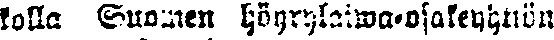
kolla Suomen höyrylaiwa-osakeyhtiön